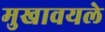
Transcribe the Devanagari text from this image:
मुखावयले